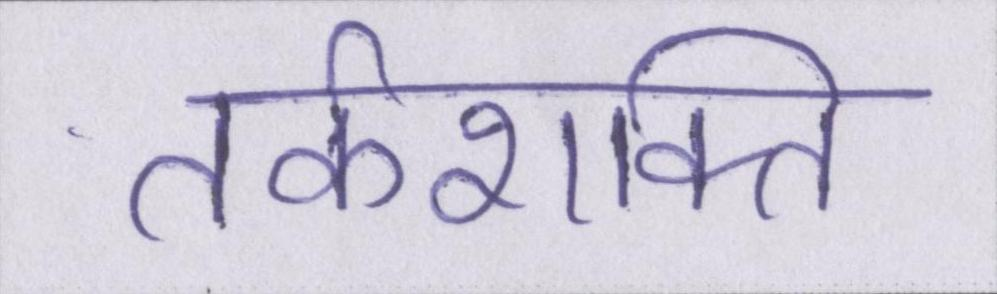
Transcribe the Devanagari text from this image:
तर्कशक्ति